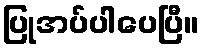
ပြုအပ်ပါပေပြီ။